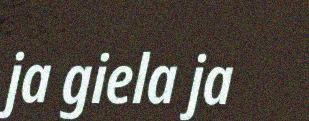
ja giela ja